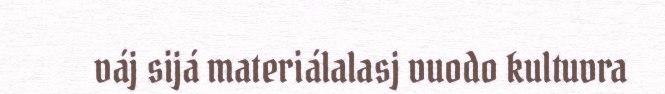
váj sijá materiálalasj vuodo kultuvra